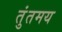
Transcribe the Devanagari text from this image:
तुंतमय